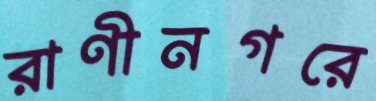
রাণীনগরে